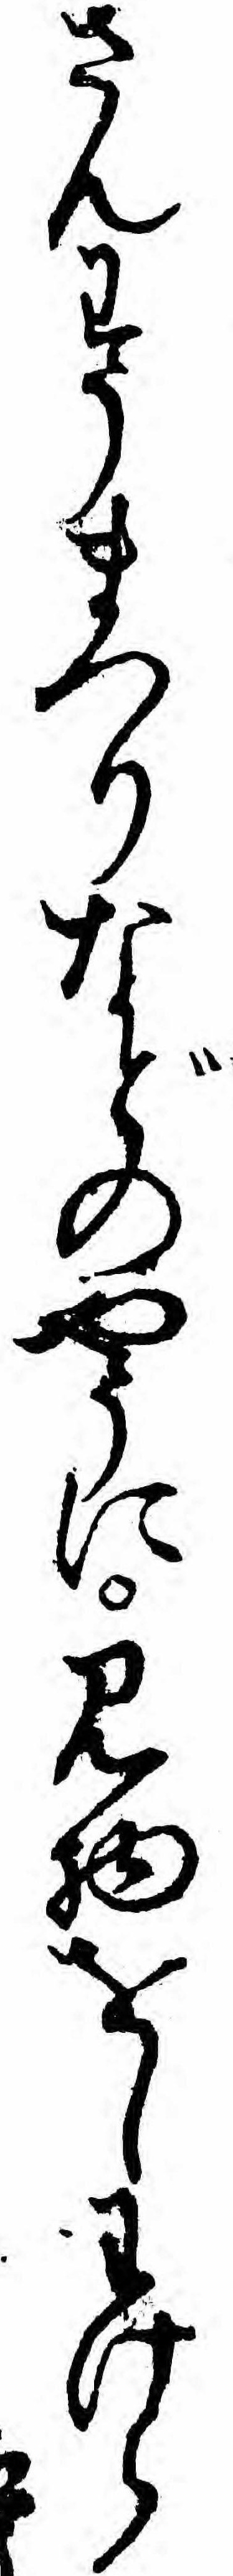
さんわうまつりなどのやうに見物をしわけら